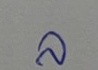
ล